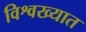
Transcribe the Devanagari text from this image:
विश्वख्यात